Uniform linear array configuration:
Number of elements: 4
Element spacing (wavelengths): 1
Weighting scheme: cosine
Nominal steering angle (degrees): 60
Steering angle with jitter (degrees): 59.32
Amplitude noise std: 0.05
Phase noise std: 0.05

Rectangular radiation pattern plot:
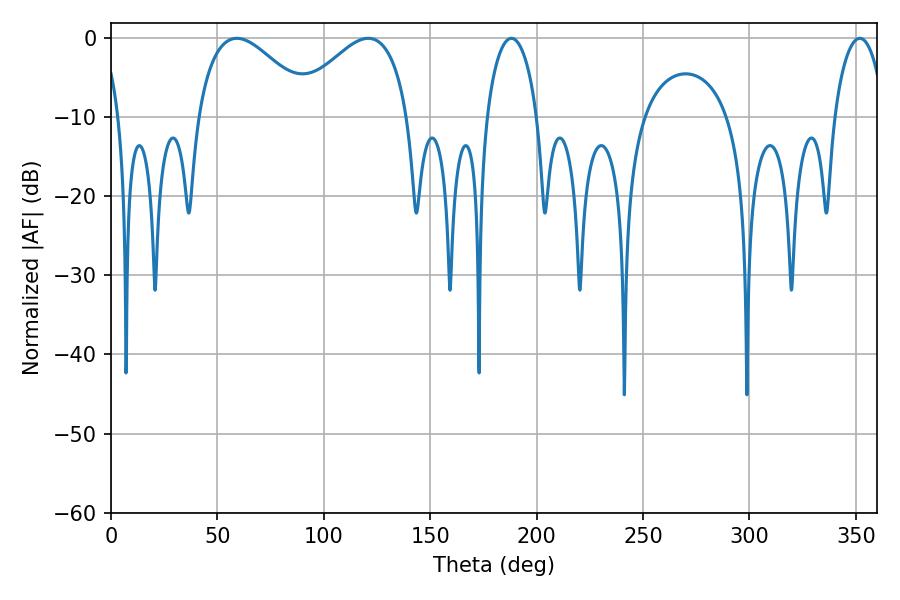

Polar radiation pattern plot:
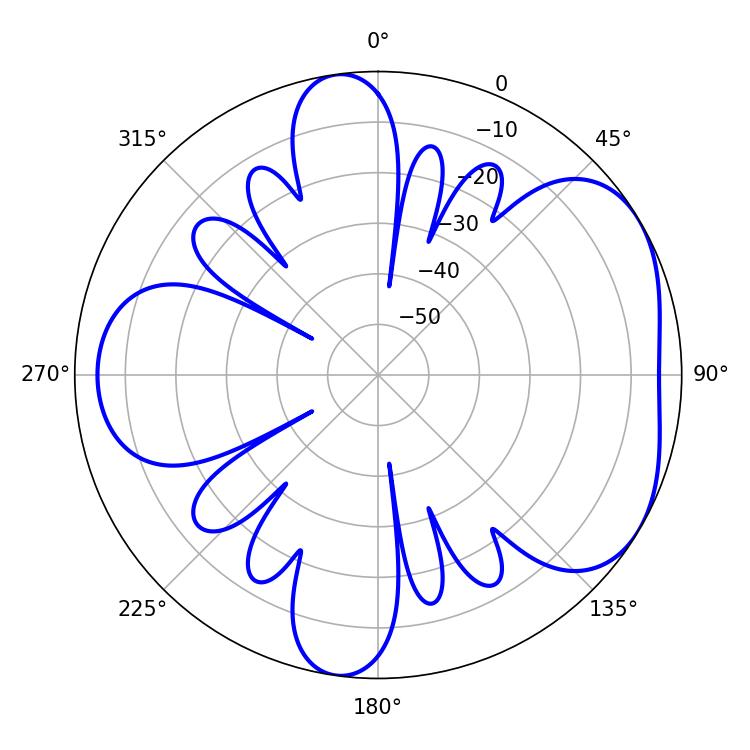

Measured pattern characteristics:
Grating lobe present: TRUE
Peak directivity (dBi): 4.657
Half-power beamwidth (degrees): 29.52
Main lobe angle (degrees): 120.96